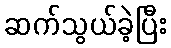
ဆက်သွယ်ခဲ့ပြီး